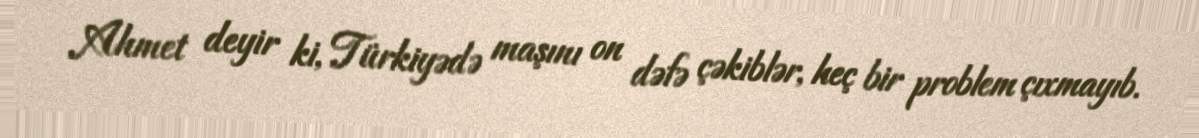
Ahmet deyir ki, Türkiyədə maşını on dəfə çəkiblər, heç bir problem çıxmayıb.